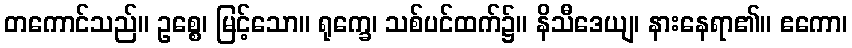
တကောင်သည်။ ဥစ္စေ၊ မြင့်သော။ ရုက္ခေ၊ သစ်ပင်ထက်၌။ နိသီဒေယျ၊ နားနေရာ၏။ ဧကော၊